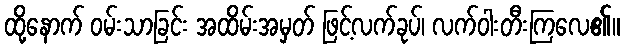
ထို့နောက် ဝမ်းသာခြင်း အထိမ်းအမှတ် ဖြင့်လက်ခုပ်၊ လက်ဝါးတီးကြလေ၏။